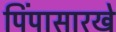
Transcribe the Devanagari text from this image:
पिंपासारखे